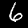
Digit: 6